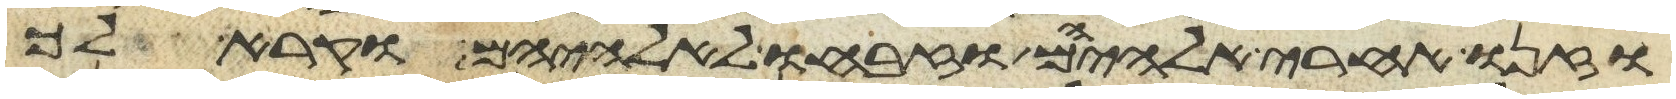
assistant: וזנו אחרי אלהיהם וזבחו לאלהיהם וקרא לך